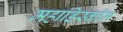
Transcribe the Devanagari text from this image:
महाडिस्कॉम